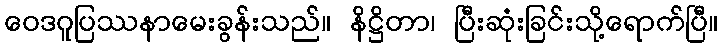
ဝေဒဂူပြဿနာမေးခွန်းသည်။ နိဋ္ဌိတာ၊ ပြီးဆုံးခြင်းသို့ရောက်ပြီ။